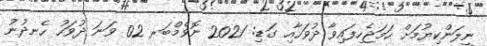
ނީލަންކިޔުމަށް ހަމަޖެހިފައިވާ ދުވަހާއި ގަޑި: 2021 ނޮވެމްބަރ 02 ވަނަ ދުވަހު ހެނދުނު